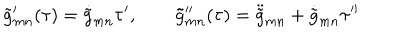
\tilde { g } _ { m n } ^ { \prime } ( \tau ) = \dot { \tilde { g } } _ { m n } \tau ^ { \prime } , \qquad \tilde { g } _ { m n } ^ { \prime \prime } ( \tau ) = \ddot { \tilde { g } } _ { m n } + \dot { \tilde { g } } _ { m n } \tau ^ { \prime \prime }